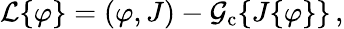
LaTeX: {\cal{L}}\{ \varphi\} =(\varphi,J)-{\cal{G}}_{\mathrm{c}}\{ J\{ \varphi\} \} \, ,